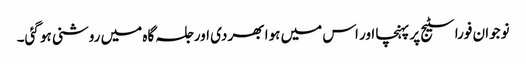
نوجوان فورا سٹیج پر پہنچا اور اس میں ہوا بھر دی اور جلسہ گاہ میں روشنی ہو گئی۔